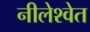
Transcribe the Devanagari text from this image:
नीलेश्वेत